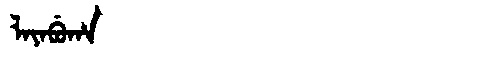
Manchu: ᠯᠠᠶᠠᠪᡠᡥᠠ
Romanization: LAYABUHA